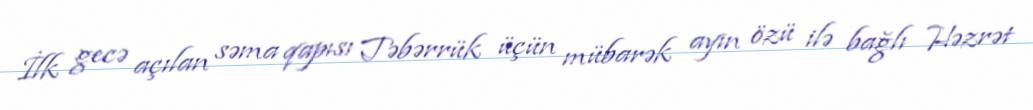
İlk gecə açılan səma qapısı Təbərrük üçün mübarək ayın özü ilə bağlı Həzrət